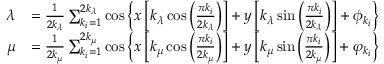
\begin{array} { r l } { \lambda } & { = \frac { 1 } { 2 k _ { \lambda } } \sum _ { k _ { i } = 1 } ^ { 2 k _ { \lambda } } \cos \left\{ x \left[ k _ { \lambda } \cos \left( \frac { \pi k _ { i } } { 2 k _ { \lambda } } \right) \right] + y \left[ k _ { \lambda } \sin \left( \frac { \pi k _ { i } } { 2 k _ { \lambda } } \right) \right] + \phi _ { k _ { i } } \right\} } \\ { \mu } & { = \frac { 1 } { 2 k _ { \mu } } \sum _ { k _ { i } = 1 } ^ { 2 k _ { \mu } } \cos \left\{ x \left[ k _ { \mu } \cos \left( \frac { \pi k _ { i } } { 2 k _ { \mu } } \right) \right] + y \left[ k _ { \mu } \sin \left( \frac { \pi k _ { i } } { 2 k _ { \mu } } \right) \right] + \varphi _ { k _ { i } } \right\} } \end{array}